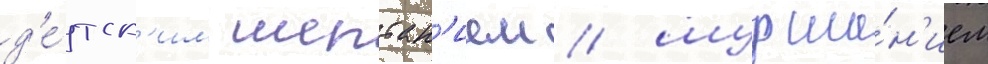
д'е́тск'им шептан'ием / шурша́н'ием